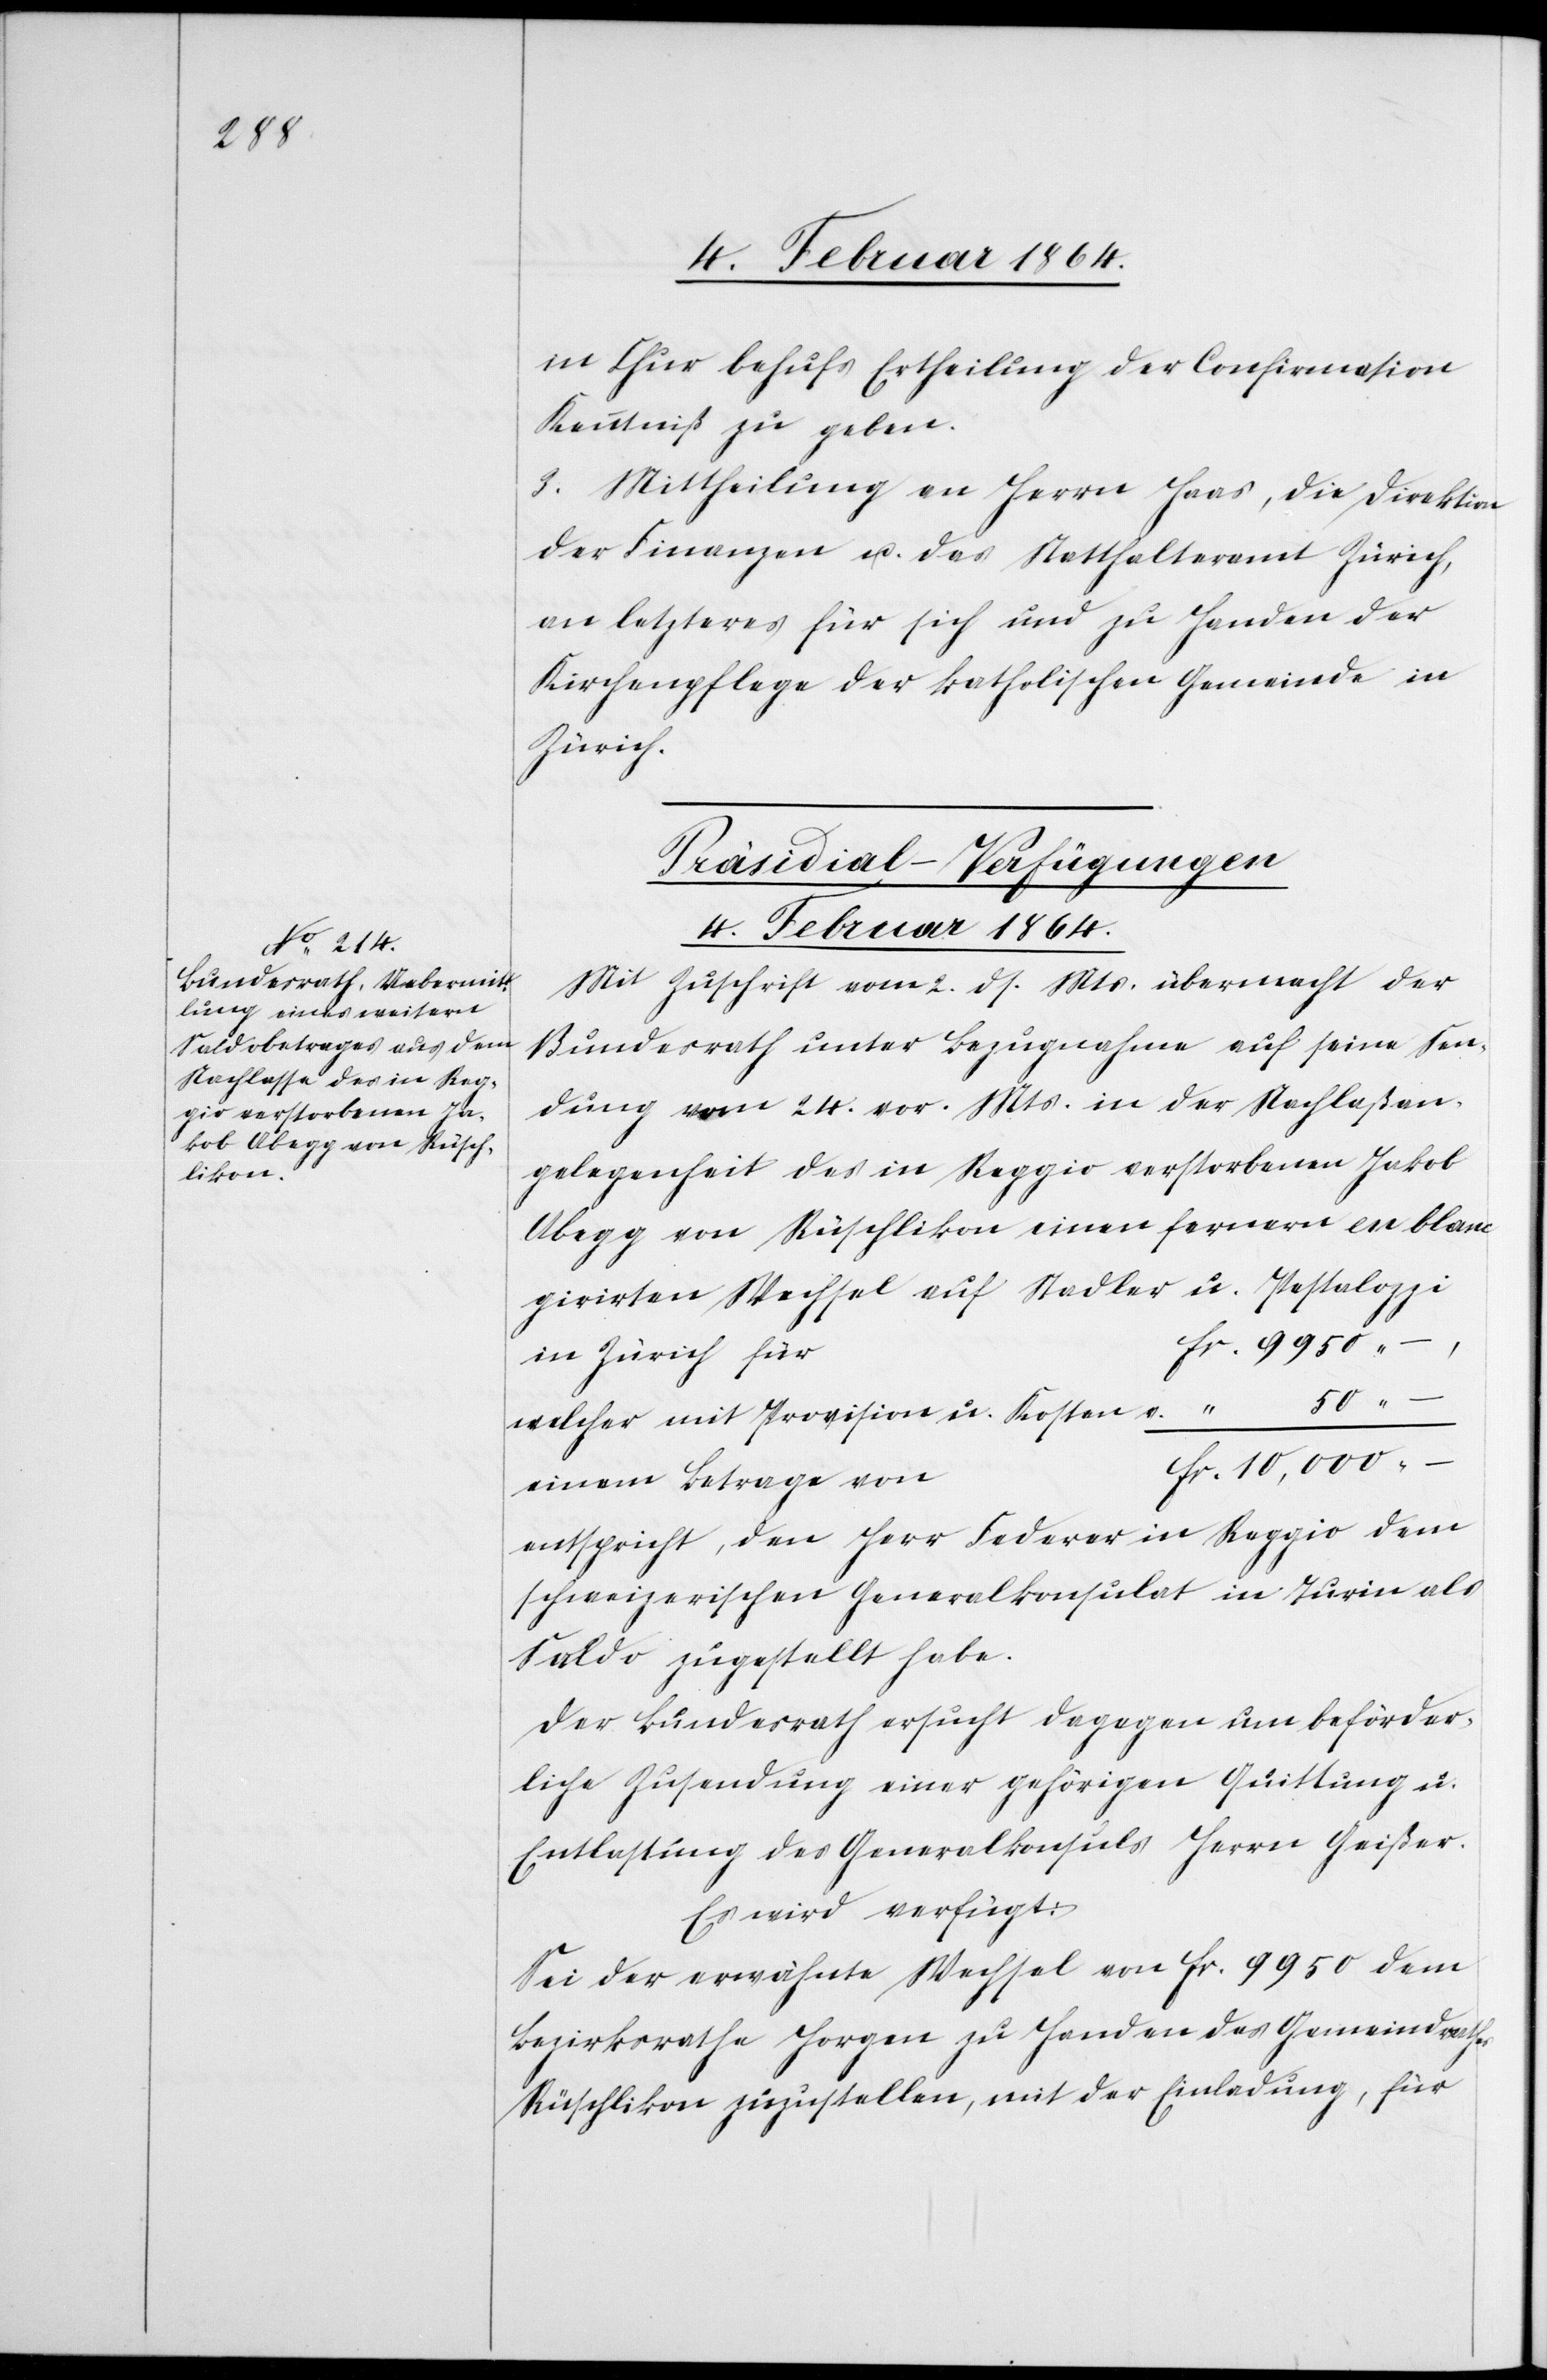
in Chur behufs Ertheilung der Confirmation
Kenntniß zu geben.
3. Mittheilung an den Herrn Haas, die Direktion
der Finanzen u. das Statthalteramt Zürich,
an letzteres für sich und zu Handen der
Kirchenpflege der katholischen Gemeinde in
Zürich.
Präsidial-Verfügungen
4. Februar 1864.
Mit Zuschrift vom 2. ds. Mts. übermacht der
Bundesrath unter Bezugnahme auf seine Sen¬
dung vom 24. vor. Mts. in der Nachlaßan¬
gelegenheit des in Reggio verstorbenen Jakob
Abegg von Rüschlikon einen fernern en blanc
girirten Wechsel auf Stadler u. Pestalozzi
in
welcher mit Provision u. Kosten
einem Betrage von
entspricht, den Herr Federer in Reggio dem
schweizerischen Generalkonsulat in Turin als
Saldo zugestellt habe.
Der Bundesrath ersucht dagegen um beförder¬
liche Zusendung einer gehörigen Quittung u.
Entlastung des Generalkonsuls Herrn Geißer.
Es wird verfügt:
Sei der erwähnte Wechsel von fr. 9950 dem
Bezirksrathe Horgen zu Handen des Gemeindrathes
Rüschlikon zuzustellen, mit der Einladung, für